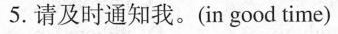
5.请及时通知我。(in good time)